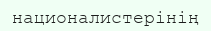
националистерінің